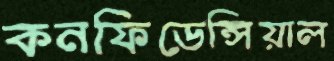
কনফিডেন্সিয়াল